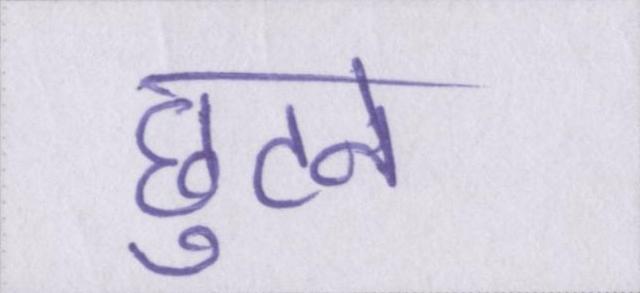
छुटने